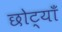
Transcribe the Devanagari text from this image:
छोट्याँ